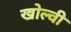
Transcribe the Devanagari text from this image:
खोल्वी